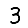
Digit: 3